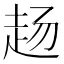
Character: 𬦅